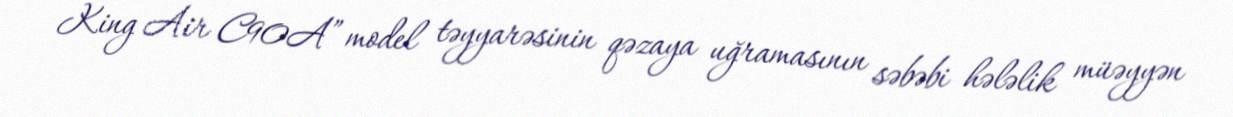
King Air C90A” model təyyarəsinin qəzaya uğramasının səbəbi hələlik müəyyən